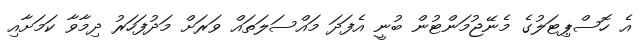
އެ ހޮސްޕިޓަލުގެ މެނޭޖުމަންޓުން ބުނީ އެފަދަ މައްސަލަތައް ވަރަށް މަދުފަހަރު ދިމާވާ ކަމަށާއި